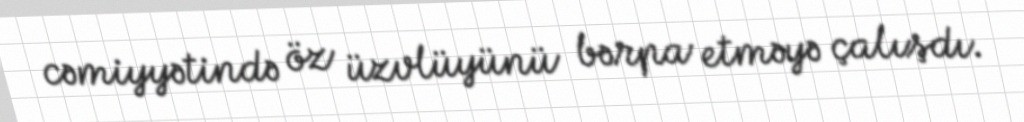
cəmiyyətində öz üzvlüyünü bərpa etməyə çalışdı.